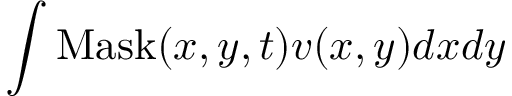
\int \mathrm { M a s k } ( x , y , t ) v ( x , y ) d x d y